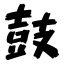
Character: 鼓